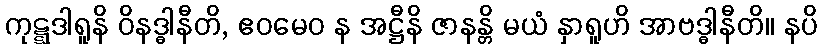
ကုဋ္ဋဒါရူနိ ဝိနဒ္ဓါနီတိ, ဧဝမေဝ န အဋ္ဌီနိ ဇာနန္တိ မယံ နှာရူဟိ အာဗဒ္ဓါနီတိ။ နပိ